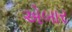
એબાર